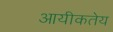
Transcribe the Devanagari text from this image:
आयीकतेय